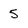
Character: 5